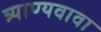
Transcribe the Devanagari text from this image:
त्र्याण्यवावा